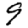
Digit: 9